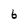
Character: 6